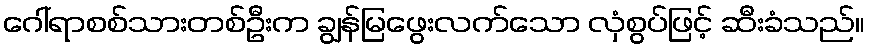
ဂေါ်ရာစစ်သားတစ်ဦးက ချွန်မြဖွေးလက်သော လှံစွပ်ဖြင့် ဆီးခံသည်။